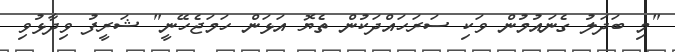
"މި ބަދަލު ގެނައުމުން ވަކި ސަރަހައްދަކުން ތެޔޮ އަޅަން ހަމަޖެހޭނީ" ޝަރީފު ވިދާޅުވި